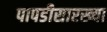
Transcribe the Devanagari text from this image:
पापडीसारख्या